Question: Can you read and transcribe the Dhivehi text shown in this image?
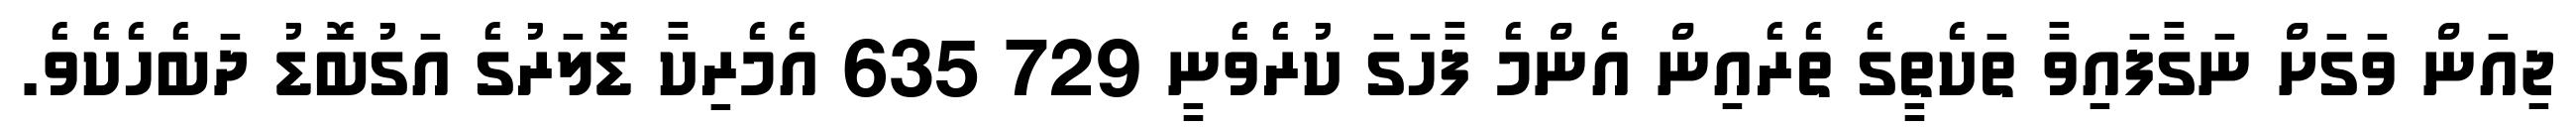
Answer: ޖިއަން ވަގަށް ނަގާފައިވާ ތަކެތީގެ ތެރެއިން އެންމެ ފާހަގަ ކުރެވެނީ 729 635 އެމެރިކާ ޑޮލަރުގެ އަގުބޮޑު ދަބެހެކެވެ.